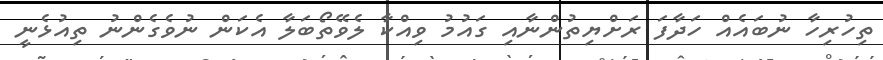
ތިހުރިހާ ނުބައެއް ހަދާފަ ރަށްޔިތުންނާއި ގައުމު ވިއްކާ ލެވޭތޯބަލާ އެކަން ނުވެގެންނު ތިއުޅެނީ